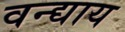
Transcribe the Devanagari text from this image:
वन्द्याय